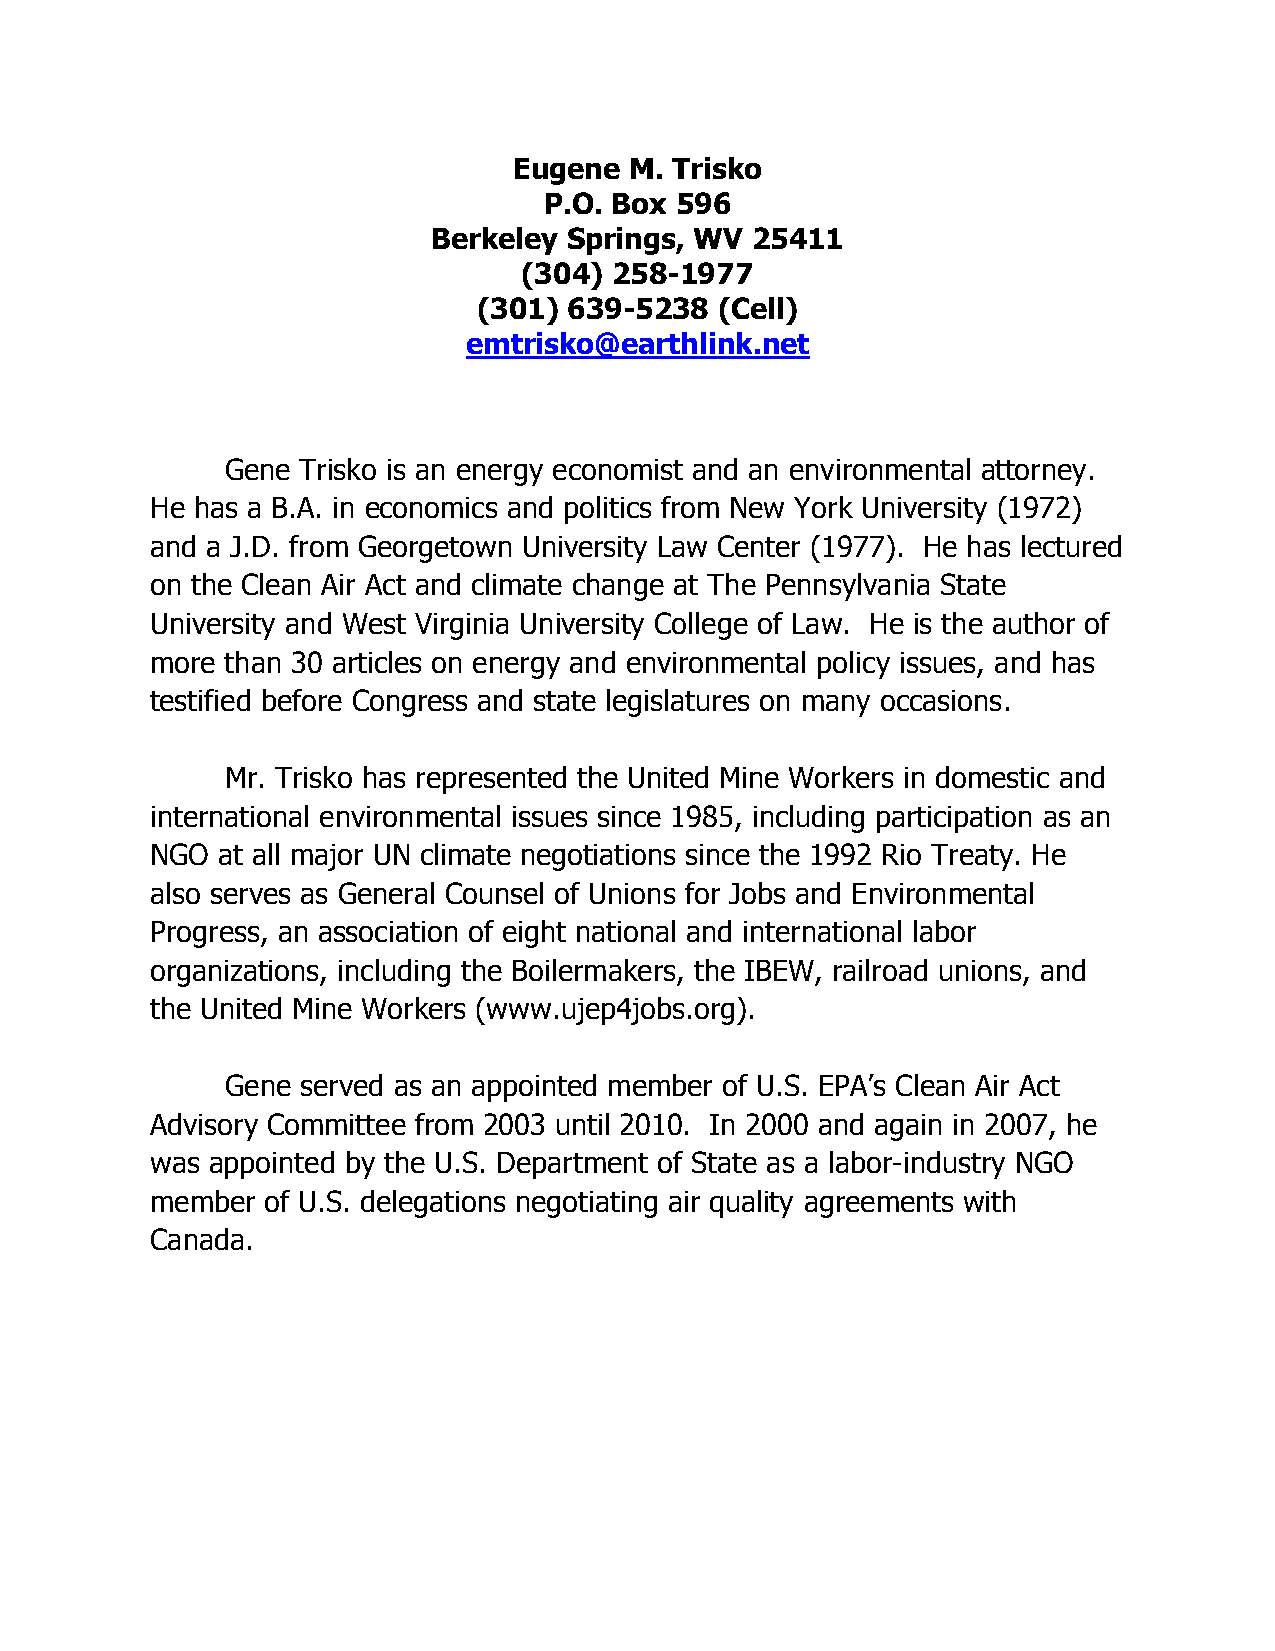
Eugene  M. Trisko
 P.O. Box 596
 Berkeley Springs, WV 25411
 (304) 258-1977
 (301) 639-5238  (Cell)
 emtrisko@earthlink.net
 Gene Trisko is an energy economist and an environmental attorney.
 He has a B.A. in economics and politics from New York University (1972)
 and a J.D. from Georgetown University Law Center (1977). He has lectured
 on the Clean Air Act and climate change at The Pennsylvania State
 University and West Virginia University College of Law. He is the author of
 more than 30 articles on energy and environmental policy issues, and has
 testified before Congress and state legislatures on many occasions.
 Mr. Trisko has represented the United Mine Workers in domestic and
 international environmental issues since 1985, including participation as an
 NGO at all major UN climate negotiations since the 1992 Rio Treaty. He
 also serves as General Counsel of Unions for Jobs and Environmental
 Progress, an association of eight national and international labor
 organizations, including the Boilermakers, the IBEW, railroad unions, and
 the United Mine Workers (www.ujep4jobs.org).
 Gene served as an appointed member of U.S. EPA’s Clean Air Act
 Advisory Committee from 2003 until 2010. In 2000 and again in 2007, he
 was appointed by the U.S. Department of State as a labor-industry NGO
 member  of U.S. delegations negotiating air quality agreements with
 Canada.